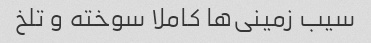
سیب زمینی‌ها کاملا سوخته و تلخ